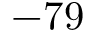
- 7 9